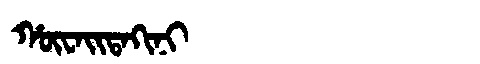
Manchu: ᡥᡡᠸᠠᡳᡨᠠᡴᡳᠨᡳ
Romanization: HŪWAITAKINI